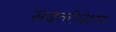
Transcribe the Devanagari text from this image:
सबलीमेशन